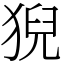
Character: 猊